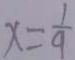
x = \frac { 1 } { 9 }